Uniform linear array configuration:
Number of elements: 16
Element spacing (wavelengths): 0.25
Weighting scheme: cosine
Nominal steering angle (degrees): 30
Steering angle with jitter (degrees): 29.634
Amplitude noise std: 0.05
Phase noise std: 0.05

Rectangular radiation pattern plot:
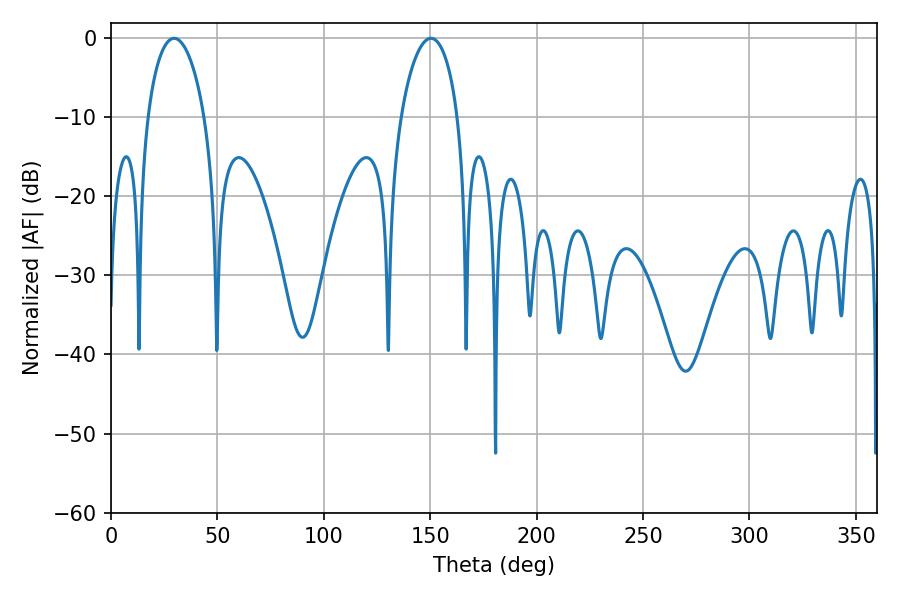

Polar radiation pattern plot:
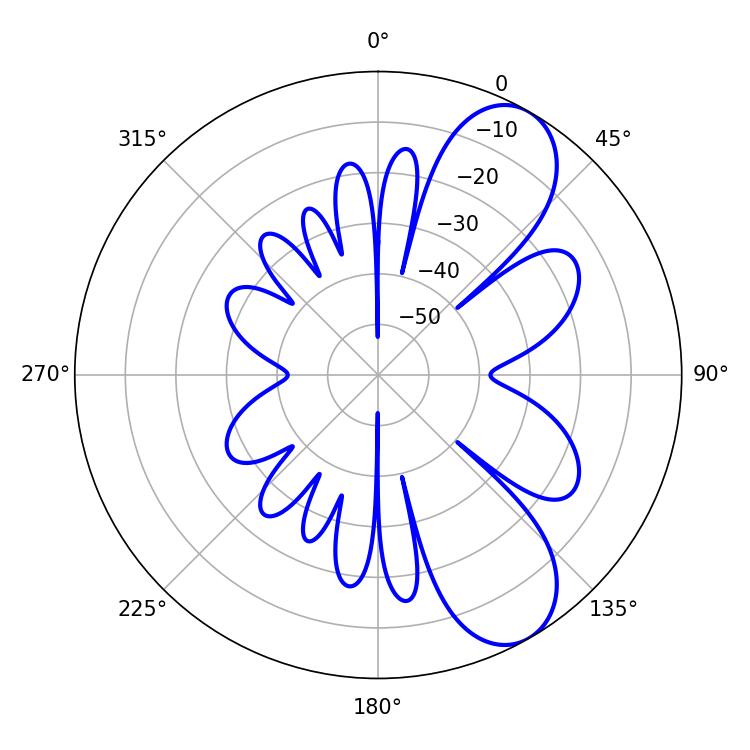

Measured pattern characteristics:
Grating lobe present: FALSE
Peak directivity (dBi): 8.397
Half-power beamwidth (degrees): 15.3
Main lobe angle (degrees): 29.7